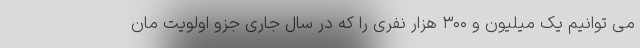
می توانیم یک میلیون و ۳۰۰ هزار نفری را که در سال جاری جزو اولویت مان